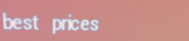
best prices